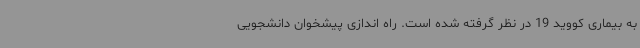
به بیماری کووید 19 در نظر گرفته شده است. راه اندازی پیشخوان دانشجویی